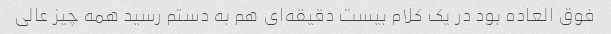
فوق العاده بود در یک کلام بیست دقیقه‌ای هم به دستم رسید همه چیز عالی